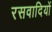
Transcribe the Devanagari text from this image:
रसवादियों